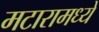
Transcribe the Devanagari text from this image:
मटारामध्ये